Annual statistical returns and brief notes on vaccination in Bengal - 1896-1909
Year: 1896
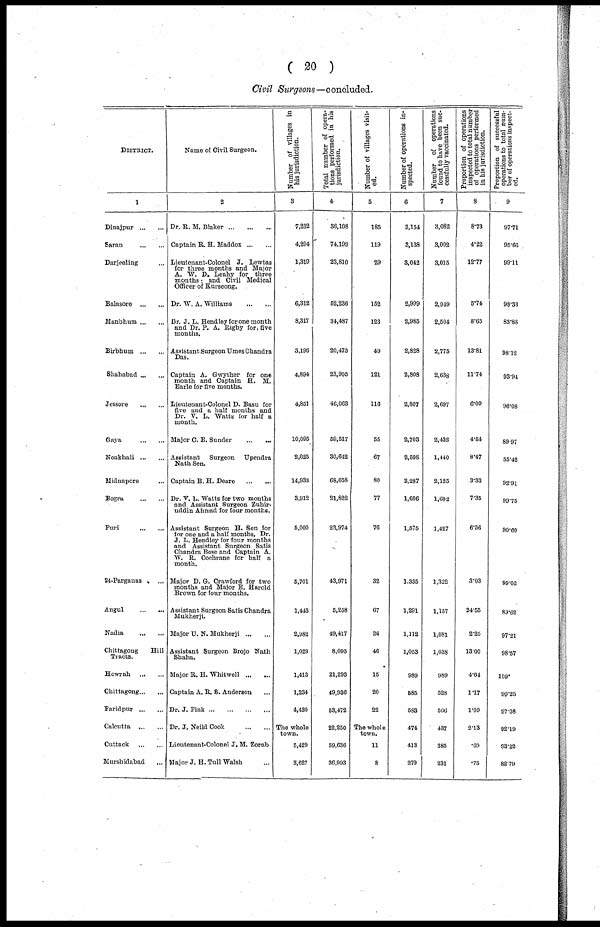
( 20 )
Civil Surgeons—concluded.
DISTRICT.
1
Dinajpur ... ...
Saran
...
...
Darjeeling ...
Balasore ... ...
Manbhum ... ...
Birbhum ... ...
Shahabad ... ...
Jessore
...
...
Gaya
...
...
Noakhali ... ...
Midnapore ...
Bogra
...
...
Puri
...
...
24.Parganas
...
Angul
...
...
Nadia
... ...
Chittagong
Hill
Tracts.
Howrah
...
...
Chittagong ... ...
Faridpur ... ...
Calcutta
...
...
Cuttack
...
...
Murshidabad
...
Name of Civil Surgeon.
2
Dr. R. M. Blaker ... ... ...
Captain B. H. Maddox ... ...
Lieutenant.Colonel J. Lewtas
for three months and Major
A. W. D. Leahy for three
months . and Civil Medical
Officer of Kurseong.
Dr. W. A. Williams
...
...
Dr. J. L. Hendley forone month
and Dr. P. A. Righy for five
months.
Assistant Surgeon Umes Chandra
Das.
Captain A. Gwyther for one
month and Captain H. M.
Earle for five months.
Lieutenant.Colonel D. Basu for
five and a half months and
Dr. V. L. Watts for half a
month.
Major C. E. Sunder
...
...
Assistant Surgeon Upendra
Nath Sen.
Captain B. H. Deare
...
...
Dr. V. L. Watts for two months
and Assistant Burgeon Zuhir.
uddin Ahmad for four months.
Assistant Surgeon H. Sen for
for one and a half months, Dr.
J. L. Hendley for four months
and Assistant Surgeon Satis
Chandra Bose and Captain A.
W. R. Cochrane for half a
month.
Major D. G. Crawford for two
months and Major E. Harold
Brown for four months.
Assistant Surgeon Satis Chandra
Mukherji.
Major U. N. Mukherji ... ...
Assistant Surgeon Brojo Nath
Shaha.
Major B. H. Whitwell ... ...
Captain A. B. S. Anderson ...
Dr. J. Fink ... ... ... ...
Dr. J. Neild Cook
...
...
Lieutenant.Colonel J. M. Zorab
Major J. H. Tull Walsh ...
Number of villages in
his jurisdiction.
3
7,232
4,294
1,319
6,312
8,317
3,196
4,894
4,851
10,095
2,625
14,933
3,912
5,000
5,701
1,443
2,982
1,029
1,413
1,234
4,430
The whole
town.
5,429
3,627
Total number of opera-
tions performed in his
jurisdiction.
4
36,108
74,199
23,810
52,236
34,487
20,473
23,905
46,063
59,517
30,642
68,658
21,822
23,974
43,971
5,258
49,417
8,095
21,293
49,936
53,472
22,250
59,636
36,993
Number of villages visit-
ed.
5
185
119
29
152
123
49
121
116
55
67
80
77
76
32
67
26
46
15
20
22
The whole
town.
11
8
Number of operations in-
spected.
6
3,154
3,138
3,042
2,999
2,985
2,828
2,808
2,807
2,703
2,598
2,287
1,606
1,575
1,335
1,291
1,112
1,053
989
585
583
474
413
279
Number of operations
found to have been suc-
cessfully vaccinated.
7
3,082
3,002
3,015
2,949
2,504
2,775
2,638
2,697
2,432
1,440
2,125
1,602
1,427
1,322
1,157
1,081
1,038
989
528
566
437
385
231
Proportion of operations
inspected to total number
of operations performed
in his jurisdiction.
8
8.73
4.22
12.77
5.74
8.65
13.81
11.74
6.09
4.54
8.47
3.33
7.35
6.56
3.03
24.55
2.25
13.00
4.64
1.17
1.09
2.13
.69
.75
Proportion of successful
operations to total num-
ber of operations inspect-
ed.
9
97.71
95.66
99.11
98.33
83.88
98.12
93.94
96.08
89.97
55.42
92.91
99.75
90.60
99.02
89.62
97.21
98.57
100.
90.25
97.08
92.19
93.22
82.79